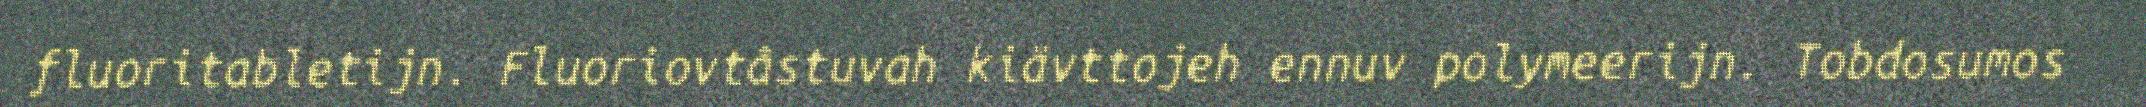
fluoritabletijn. Fluoriovtâstuvah kiävttojeh ennuv polymeerijn. Tobdosumos